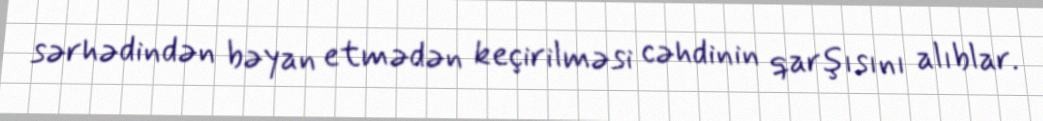
sərhədindən bəyan etmədən keçirilməsi cəhdinin qarşısını alıblar.